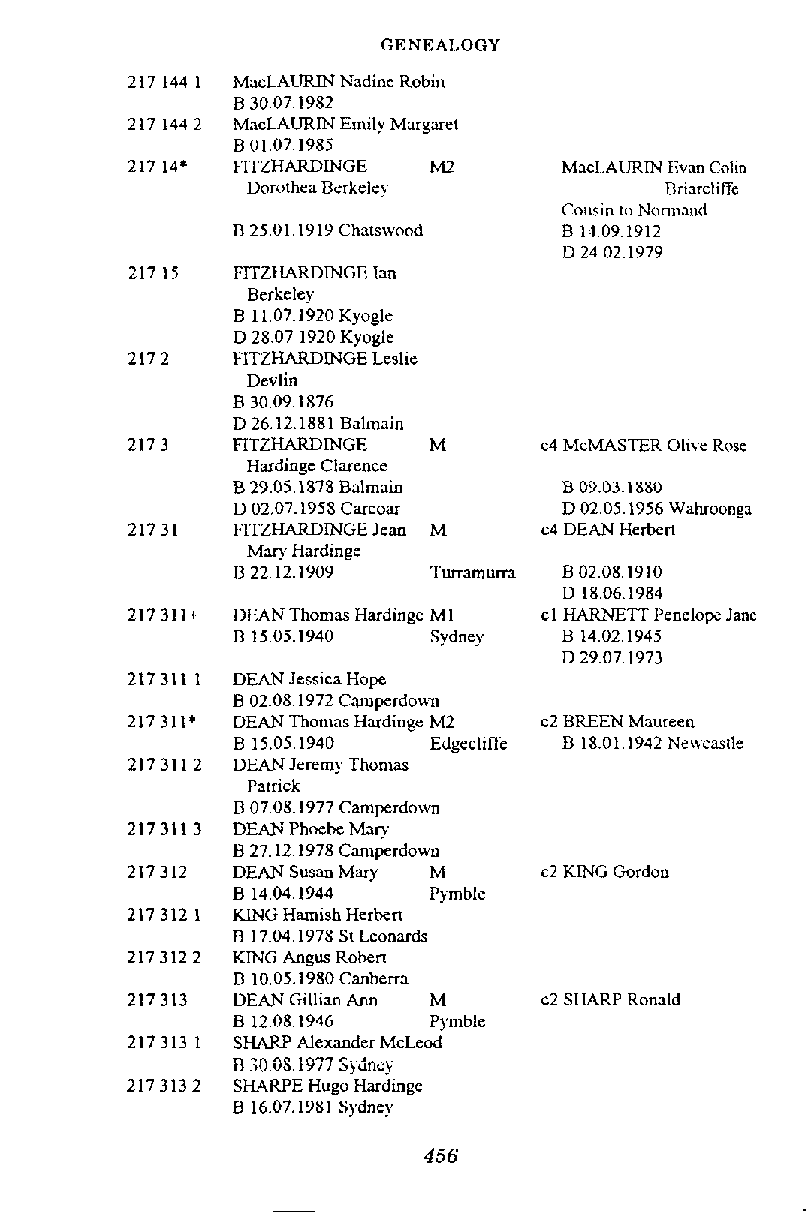
GENEALOGY
 MacLAURIN Nadinc Robin
 El 30,071982
 MacLAURM Emily Margaret
 B 01.07.1985
 FITZHARDINGE MZ       Macl.AIRIN Evan Colin
 Dorothea Bsrkeley           Briarcliffe
 Consin tu Nomnnd
 B 25,011919 Chatsnood B 1409.1912
 D 24 021979
 FITZHARDINGE Inn
 Berkeley
 B 11.07.1920 Kyogle
 D 28.07 1920 ~iogle
 FTTZHARDINGE Leslie
 Devlin
 B 3009.1876
 D 26.12.1881 Balmain
 RTZHARDINGE  M       c4 McMASTER Olive Rose
 Hardinge Clarence
 B 29.05.1878 Balmain  B 09.03.1880
 D 02.07.1958 Carcoar  D 0205.1956 Wahroonga
 FITZHARDINGE Jean M  c4 DEAN Herben
 Mary Hardinge
 B 22.12.1909 Turramurra B 02.08.1910
 D 1806,1984
 DEAN Thomas Hardinge MI cl HARNETT Penelopz Jane
 B 15.05.1940 Sydney   B 1402.1945
 D 2907.1973
 DEAN Iesslca Hopz
 B 02.08.1972 Cmperdow
 DEAN Thomas Hardinge M2 c2 BEEN Maureen
 B 15.05.1940 Edgeclime D 18.011942 Newastle
 DEAN Jeremy Thomas
 Patrick
 B 07.08.1977 Camperdown
 DEAN Phoebe Mary
 B 27.12.1978 Camperdown
 DEANSusanMary M      c2 KING Gordon
 B 1404,1944  Pyrnble
 KING Hamish Herben
 B 17.04.1978 St Leonards
 KING Angus Roben
 B 10.05.1980 Canberra
 DEAN Gillian Ann M   c2 SHARF Ronald
 B 1208,1946  Pymble
 SHARP Alexander McLeod
 B :OOS 19i7 Sydney
 SHARPE Hugo Hardinge
 B 16.07.1981 Sydncy